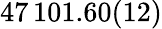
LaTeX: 47\, 101.60(12)